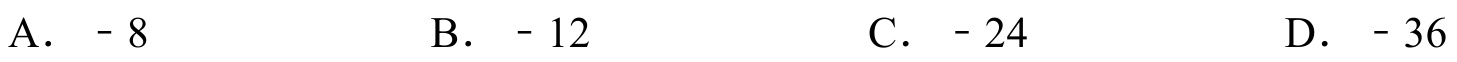
A. \(-8\)
B. \(-12\)
C. \(-24\)
D. \(-36\)